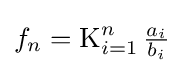
f_{n}=\operatorname {K} _{i=1}^{n}{\tfrac {a_{i}}{b_{i}}}